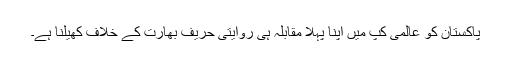
پاکستان کو عالمی کپ میں اپنا پہلا مقابلہ ہی روایتی حریف بھارت کے خلاف کھیلنا ہے۔